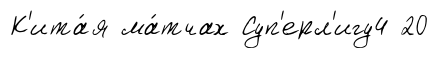
К'ита́я ма́тчах Суп'ерл'игу4 20